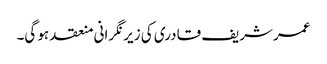
عمر شریف قادری کی زیر نگرانی منعقد ہو گی۔